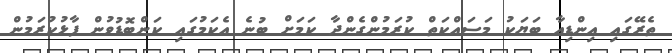
ތެރޭގައި އިންޑިއާ ބަޔަކު މަސައްކަތް ކުރަމުންގެންދާ ކަމަށް ބުނެ އެކަމުގައި ކަންބޮޑުވުން ފާޅުކުރަމުން